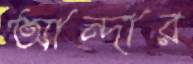
আন্দার